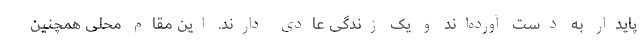
پایدار به دست آورده‌اند و یک زندگی عادی دارند. این مقام محلی همچنین